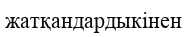
жатқандардыкінен